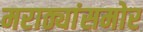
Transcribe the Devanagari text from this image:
मराठ्यांसमोर